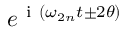
e ^ { \mathrm { ~ i ~ } \left( \omega _ { 2 n } t \pm 2 \theta \right) }